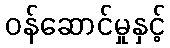
ဝန်ဆောင်မှုနှင့်